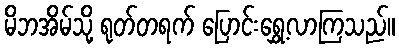
မိဘအိမ်သို့ ရုတ်တရက် ပြောင်းရွှေ့လာကြသည်။